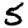
Digit: 5